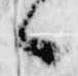
々